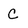
Character: C